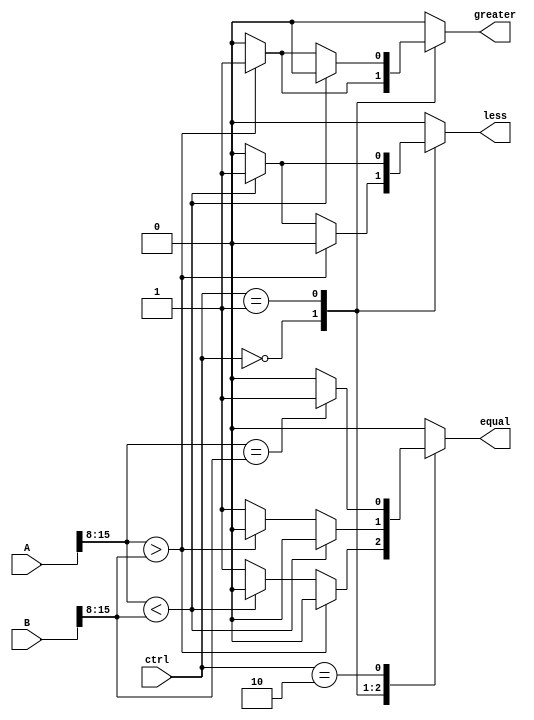
module LogarithmicComparator (
    input [15:0] A,       // Input A
    input [15:0] B,       // Input B
    input [1:0] ctrl,     // Control signal to determine comparison mode
    output reg greater,    // Output signal for A > B
    output reg less,       // Output signal for A < B
    output reg equal       // Output signal for A = B
);

    // Logarithmic conversion using a simple lookup table (for demonstration)
    reg [15:0] logA;
    reg [15:0] logB;

    // Example of a simple logarithm lookup table (Pseudo code)
    // This should ideally be replaced with a proper logarithm function or module.
    function [15:0] log_lookup(input [15:0] value);
        begin
            // Pseudo implementation for logarithm
            // Replace this with actual logarithm calculation logic
            log_lookup = value[15:8]; // Example: Truncate the value for demonstration
        end
    endfunction

    // Perform logarithmic conversion
    always @(*) begin
        logA = log_lookup(A);
        logB = log_lookup(B);
    end

    // Comparator logic
    always @(*) begin
        // Default outputs
        greater = 0;
        less = 0;
        equal = 0;

        case (ctrl)
            2'b00: // Greater than mode
                if (logA > logB) begin
                    greater = 1;
                end else if (logA < logB) begin
                    less = 1;
                end else begin
                    equal = 1;
                end

            2'b01: // Less than mode
                if (logA < logB) begin
                    less = 1;
                end else if (logA > logB) begin
                    greater = 1;
                end else begin
                    equal = 1;
                end

            2'b10: // Equal mode
                if (logA == logB) begin
                    equal = 1;
                end else begin
                    greater = 0;
                    less = 0;
                end

            default: begin
                greater = 0;
                less = 0;
                equal = 0;
            end
        endcase
    end
endmodule